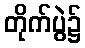
တိုက်ပွဲ၌